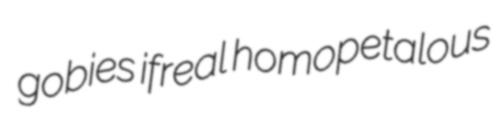
gobies ifreal homopetalous